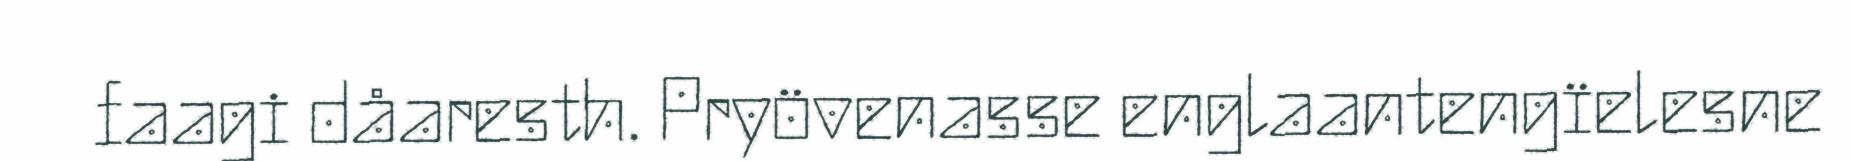
faagi dåaresth. Pryövenasse englaantengïelesne